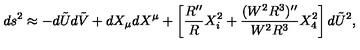
d s ^ { 2 } \approx - d \tilde { U } d \tilde { V } + d X _ { \mu } d X ^ { \mu } + \left[ \frac { R ^ { \prime \prime } } { R } X _ { i } ^ { 2 } + \frac { ( W ^ { 2 } R ^ { 3 } ) ^ { \prime \prime } } { W ^ { 2 } R ^ { 3 } } X _ { 4 } ^ { 2 } \right] d \tilde { U } ^ { 2 } ,